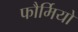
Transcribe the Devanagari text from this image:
फौर्मियो